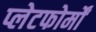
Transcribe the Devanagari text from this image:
प्लेटफोर्मों